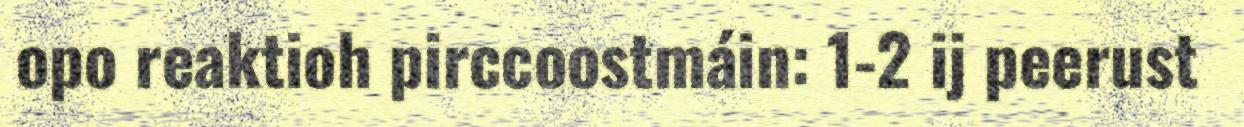
opo reaktioh pirccoostmáin: 1-2 ij peerust